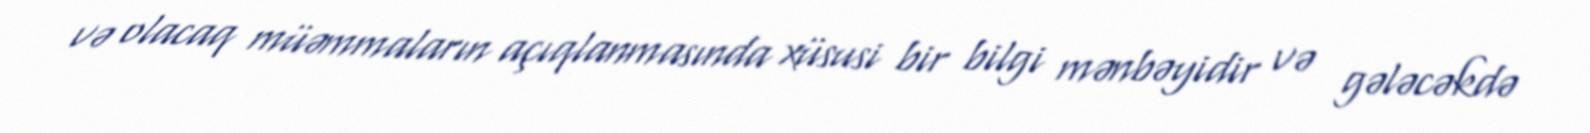
və olacaq müəmmaların açıqlanmasında xüsusi bir bilgi mənbəyidir və gələcəkdə